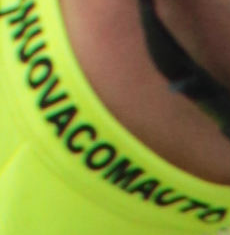
HOUVACOMAUTO